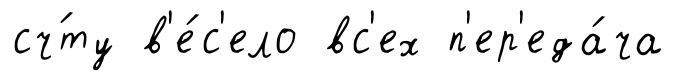
сч́ту в'е́с'ело вс'ех п'ер'еда́ча